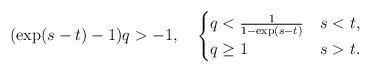
LaTeX: \begin{align*}(\exp(s-t)-1)q>-1 ,\quad\begin{cases}q<\frac{1}{1-\exp(s-t)} &s<t ,\\q\ge1 &s>t .\end{cases}\end{align*}